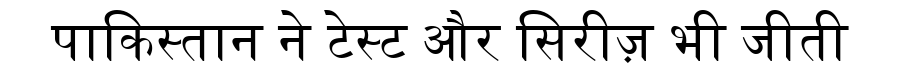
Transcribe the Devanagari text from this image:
पाकिस्तान ने टेस्ट और सिरीज़ भी जीती